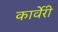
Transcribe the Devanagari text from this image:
कार्वेरी